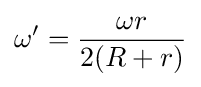
\omega '={\frac {\omega r}{2(R+r)}}